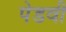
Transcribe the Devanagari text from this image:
पेडवी